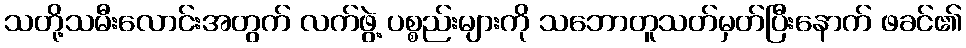
သတို့သမီးလောင်းအတွက် လက်ဖွဲ့ ပစ္စည်းများကို သဘောတူသတ်မှတ်ပြီးနောက် ဖခင်၏